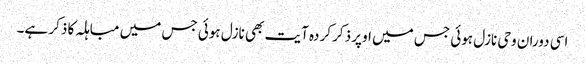
اسی دوران وحی نازل ہوئی جس میں اوپر ذکر کردہ آیت بھی نازل ہوئی جس میں مباہلہ کا ذکر ہے۔